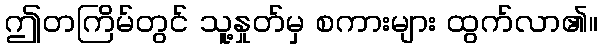
ဤတကြိမ်တွင် သူ့နှုတ်မှ စကားများ ထွက်လာ၏။